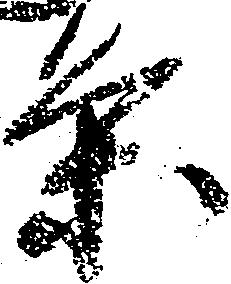
条